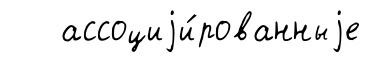
ассоциjи́рованныjе